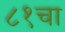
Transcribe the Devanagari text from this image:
८१चा